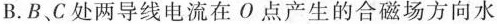
B.B、C处两导线电流在O点产生的合磁场方向水